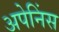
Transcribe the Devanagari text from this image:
अपेनिंस